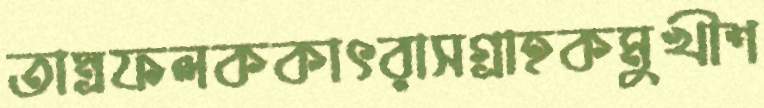
তাম্রফলককাৎরাসগ্রাহকমুখীশ